Indian journal of veterinary science and animal husbandry - Volume 3,
Year: 1933
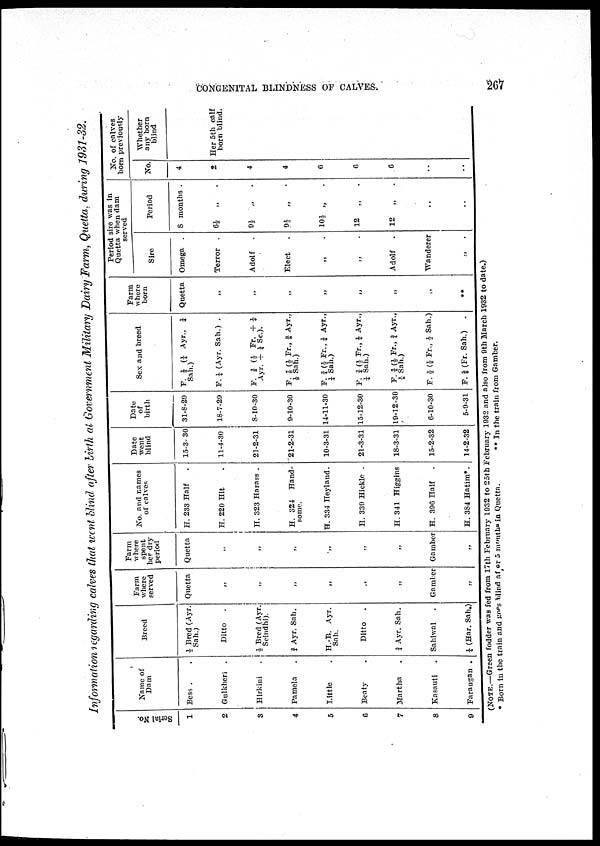
CONGENITAL BLINDNESS OF CALVES.
267
Information regarding calves that went blind after birth at Government Military Dairy Farm, Quetta, during 1931-32.
Serial No.
1
2
3
4
5
6
7
8
9
Name of
Dam
Bess . .
Gulkheri .
Hirkini .
Pamela .
Little .
Beaty .
Martha .
Kasauti .
Farangan .
Breed
½ Bred (Ayr.
Sah.)
Ditto .
½ Bred (Ayr.
Scindhi).
¾ Ayr. Sah.
H. B. Ayr.
Sah.
Ditto
.
¾ Ayr. Sah.
Sahiwal .
¼ (Har. Sah.)
Farm
where
served
Quetta
„
„
„
„
„
„
Gamber
„
Farm
where
spent
her dry
period
Quetta
„
„
„
„
„
„
Gamber
„
No. and names
of calves
H. 233 Half
.
H. 220 Hit .
H. 323 Harass .
H. 324 Hand
some.
H. 334 Heyland.
H. 339 Hickle .
H. 341 Higgins
H. 396 Haif
.
H. 384 Hatim*.
Date
went
blind
15-3- 30
11-4-30
21-2-31
21-2-31
10-3-31
21-3-31
18-3-31
15-2-32
14-2-32
Date
of
birth
31-8-29
18-7-29
8-10-30
9-10-30
14-11-30
15-12-30
19-12-30
6-10-30
5-9-31
Sex and breed
F. ¼ (¼ Ayr., ¼
Sah.)
F. ¼ (Ayr. Sah.) .
F. ¾ ( ½ Fr. + ¼
Ayr. + ¼ Sc.).
F. ⅞ (½ Fr., ⅜ Ayr.,
⅛ Sah.)
F. ¾ (½ Fr., ¼ Ayr.,
¼ Sah.)
F. ¾ (½ Fr., ¼ Ayr.,
¼ Sah.)
F. ⅞ (½ Fr., ¾ Ayr.,
⅛ Sah.)
F. ½ (½ Fr., ½ Sah.)
F. ⅝ (Fr. Sah.)
.
Farm
where
born
Quetta
„
„
„
„
„
„
„
**
Period sire was in
Quetta when dam
served
Sire
Omega .
Terror .
Adolf
.
Elect .
„ .
„ .
Adolf
.
Wanderer
„ .
Period
8 months .
6½ „ .
9½ „ .
9½ „ .
10½ „ .
12
„ .
12
„ .
..
..
No. of calves
born previously
No.
4
2
4
4
6
6
6
..
..
Whether
any born
blind
Her 5th calf
born blind
(NOTE.-Green fodder was fed from 17th February 1932 to 25th February 1932 and also from 9th March 1932 to date.)
* Born in the train and goes blind af or 5 months in Quetta.
** In the train from Gamber.